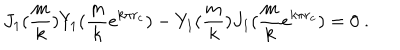
LaTeX: J _ { 1 } ( \frac { m } { k } ) Y _ { 1 } ( \frac { m } { k } e ^ { k \pi r _ { c } } ) - Y _ { 1 } ( \frac { m } { k } ) J _ { 1 } ( \frac { m } { k } e ^ { k \pi r _ { c } } ) = 0 \ .